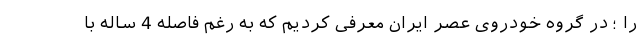
را ؛ در گروه خودروی عصر ایران معرفی کردیم که به رغم فاصله 4 ساله با